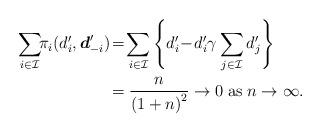
LaTeX: \begin{align*}\sum_{i \in \mathcal{I}}{\!\! \pi_i(d_i',\boldsymbol{d}_{-i}' ) }\!&=\! \sum_{i \in \mathcal{I}}{\left\{d_i' \!-\! d_i'\gamma \sum_{j \in \mathcal{I}}d_j'\right\}} \\& = \frac{n}{\left( 1+ n\right)^2} \to 0\; \mathrm{as}\; n \to \infty.\end{align*}